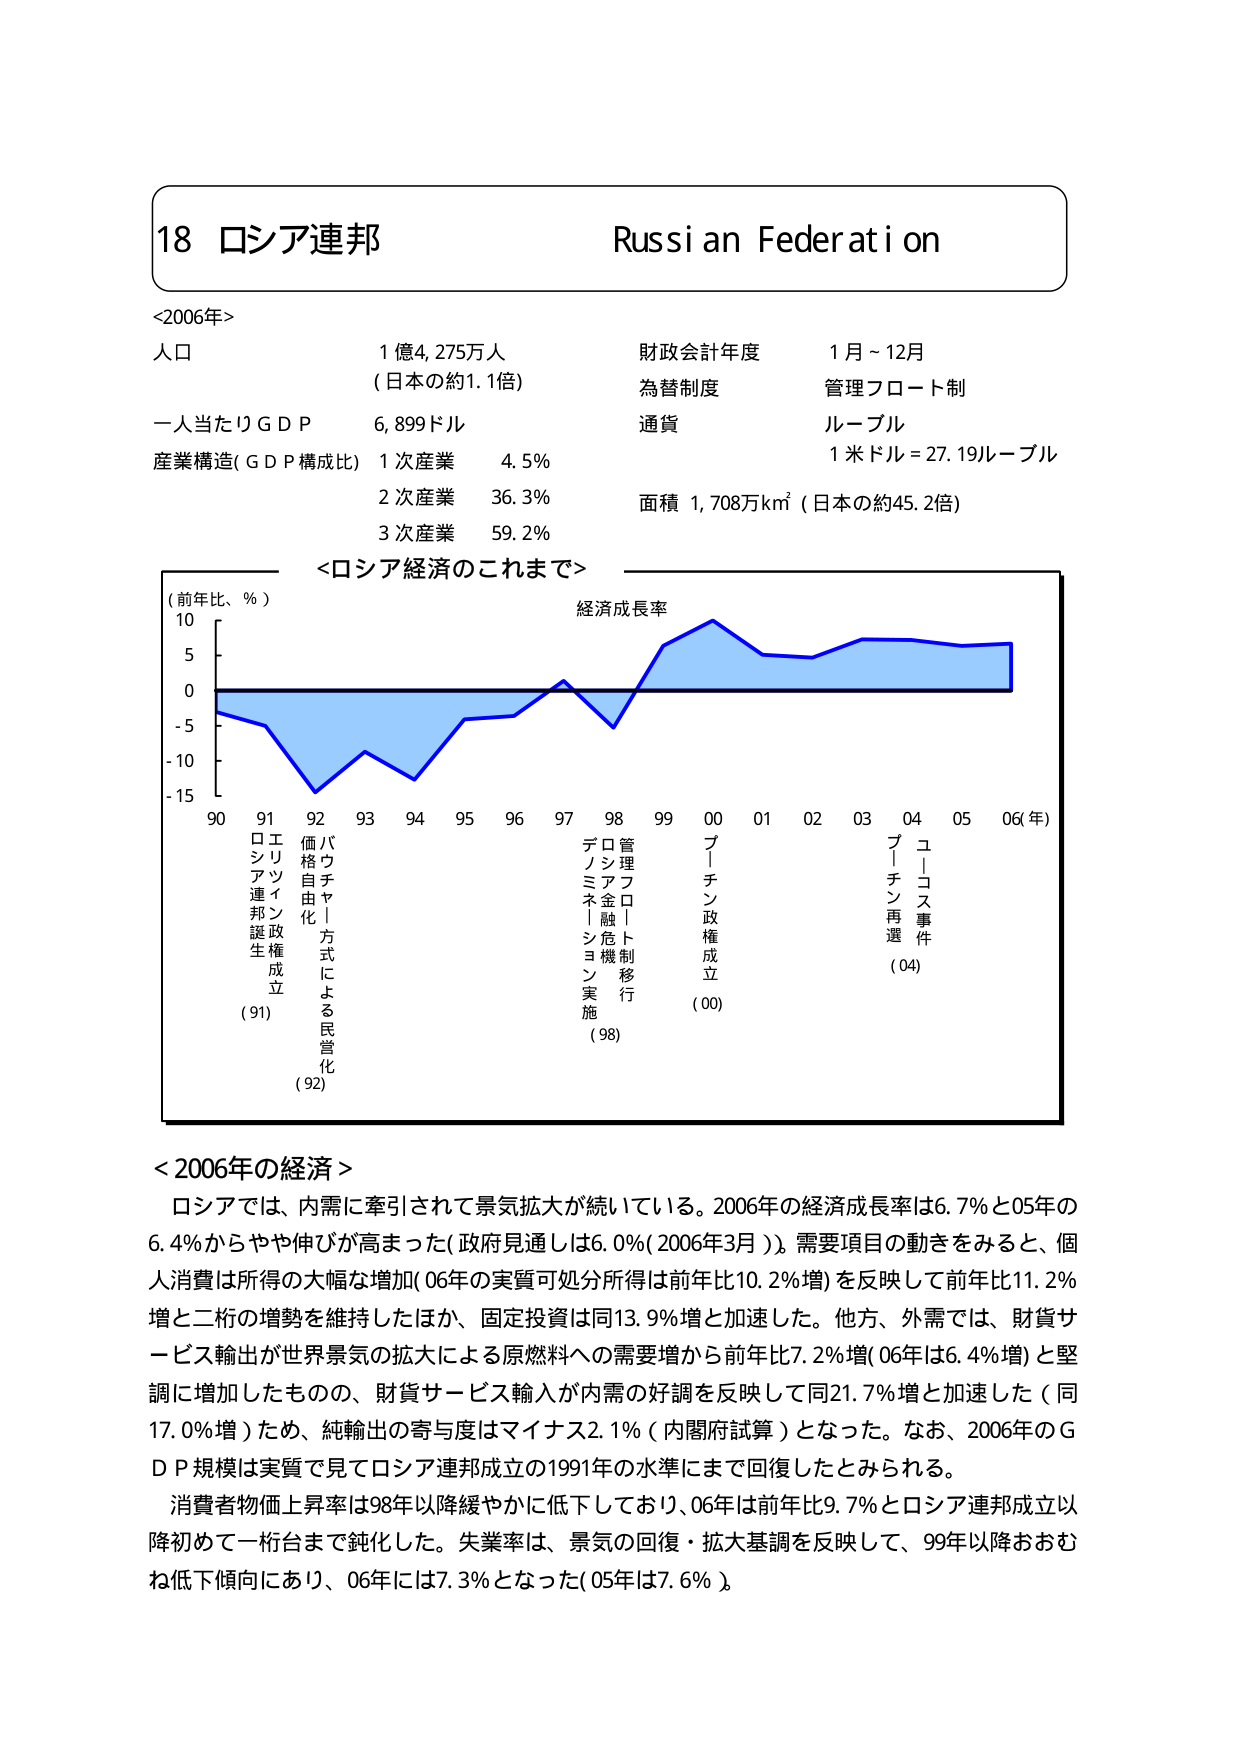
18 ロシア連邦
Russi an Federat i on
<2006年>
人口 1億4,275万人
(日本の約1.1倍)
一人当たりGDP 6,899ドル
産業構造(GDP構成比) 1次産業 4.5%
2次産業 36.3%
3次産業 59.2%
財政会計年度 1月~12月
為替制度 管理フロート制
通貨 ルーブル
1米ドル=27.19ルーブル
面積 1,708万km² (日本の約45.2倍)
<ロシア経済のこれまで>
(前年比、%)
10
5
0
-5
-10
-15
90 91 92 93 94 95 96 97 98 99 00 01 02 03 04 05 06(年)
ロシア連邦誕生 (91)
エリツィン政権成立
価格自由化
バウチャー方式による民営化 (92)
デノミネーション実施
ロシア金融危機
管理フロート制移行 (98)
プーチン政権成立 (00)
プーチン再選
ユコス事件 (04)
経済成長率
<2006年の経済>
ロシアでは、内需に牽引されて景気拡大が続いている。2006年の経済成長率は6.7%と05年の6.4%からやや伸びが高まった(政府見通しは6.0%(2006年3月))。需要項目の動きをみると、個人消費は所得の大幅な増加(06年の実質可処分所得は前年比10.2%増)を反映して前年比11.2%増と二桁の増勢を維持したほか、固定投資は同13.9%増と加速した。他方、外需では、財貨サービス輸出が世界景気の拡大による原燃料への需要増から前年比7.2%増(06年は6.4%増)と堅調に増加したものの、財貨サービス輸入が内需の好調を反映して同21.7%増と加速した(同17.0%増)ため、純輸出の寄与度はマイナス2.1%(内閣府試算)となった。なお、2006年のGDP規模は実質で見てロシア連邦成立の1991年の水準にまで回復したとみられる。
消費者物価上昇率は98年以降緩やかに低下しており、06年は前年比9.7%とロシア連邦成立以降初めて一桁台まで鈍化した。失業率は、景気の回復・拡大基調を反映して、99年以降おおむね低下傾向にあり、06年には7.3%となった(05年は7.6%)。